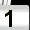
Digit: 1